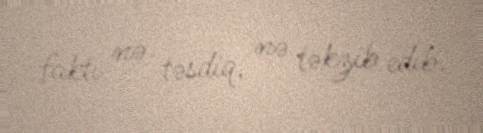
faktı nə təsdiq, nə təkzib edib.